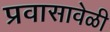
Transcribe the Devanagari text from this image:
प्रवासावेळी